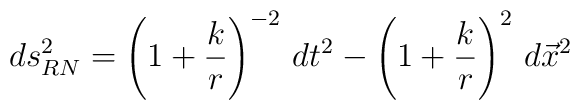
ds_{RN}^2 = \left(1+\frac{k}{r}\right)^{-2} \, dt^2 -\left(1+\frac{k}{r}\right)^2 \, d{\vec x}^2